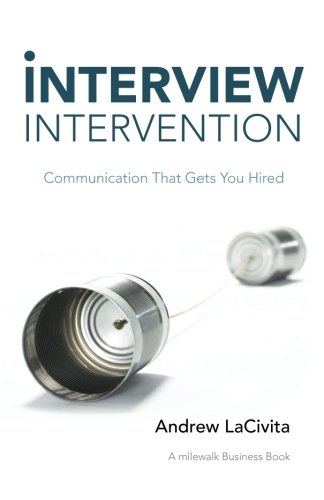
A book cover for Interview Intervention: Communication That Gets You Hired: A milewalk Business Book; Andrew Lacivita; Business & Money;